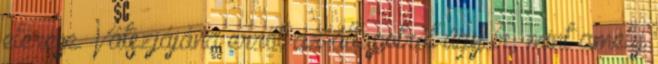
elérése. Vátszjájána erről az állapotról úgy ír, mint amely